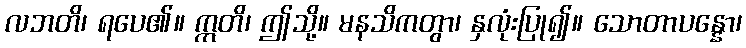
လဘတိ၊ ရပေ၏။ ဣတိ၊ ဤသို့။ မနသိကတွာ၊ နှလုံးပြု၍။ သောတာပန္နော၊